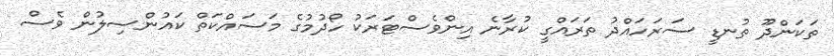
ތަކަންދޫ ތުނޑީ ސަރަހައްދު ތަރައްގީ ކުރާނެ އިންވެސްޓަރަކު ހޯދުމުގެ މަސައްކަތް ކައުންސިލުން ވެސް